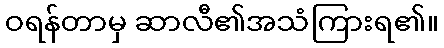
ဝရန်တာမှ ဆာလီ၏အသံကြားရ၏။